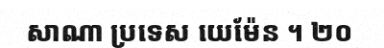
សាណា ប្រទេស យេម៉ែន ។ ២០